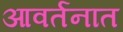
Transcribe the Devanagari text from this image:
आवर्तनात